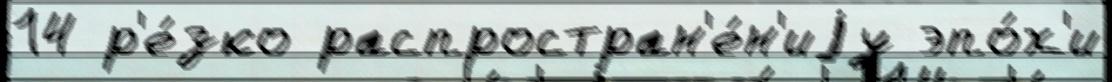
14 р'е́зко распростран'е́н'иjу эпо́х'и